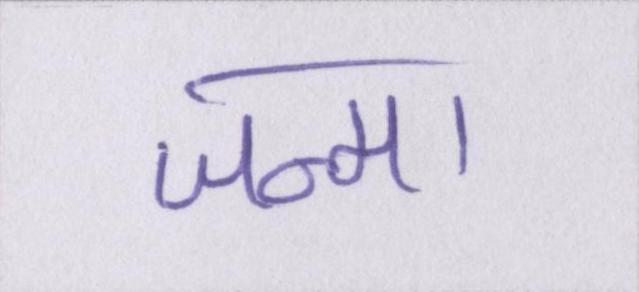
जन्मा